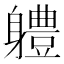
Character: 軆